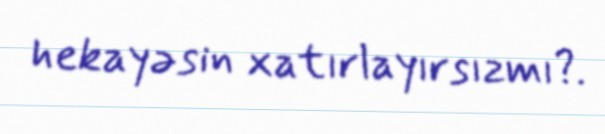
hekayəsin xatırlayırsızmı?.